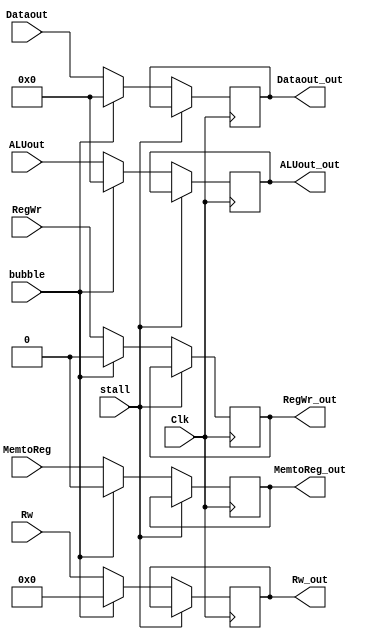
module mem_wr_reg (
        // input
        input               Clk,
        input               stall,
        input               bubble,
        input       [31:0]  Dataout,
        input       [4:0]   Rw,
        input       [31:0]  ALUout,
        input               MemtoReg,
        input               RegWr,
        // output
        output  reg [31:0]  Dataout_out,
        output  reg [4:0]   Rw_out,
        output  reg [31:0]  ALUout_out,
        output  reg         MemtoReg_out,
        output  reg         RegWr_out
    );

    parameter RNONE = 0;

    always @(posedge Clk) begin
        if (stall == 1'b1) begin
            Dataout_out     <= Dataout_out;
            Rw_out          <= Rw_out;
            ALUout_out      <= ALUout_out;
            MemtoReg_out    <= MemtoReg_out;
            RegWr_out       <= RegWr_out;
        end
        else if (bubble == 1'b1) begin
            Dataout_out     <= RNONE;
            Rw_out          <= RNONE;
            ALUout_out      <= RNONE;
            MemtoReg_out    <= RNONE;
            RegWr_out       <= RNONE;
        end
        else begin
            Dataout_out     <= Dataout;
            Rw_out          <= Rw;
            ALUout_out      <= ALUout;
            MemtoReg_out    <= MemtoReg;
            RegWr_out       <= RegWr;
        end
    end

    initial begin
        Dataout_out     <= RNONE;
        Rw_out          <= RNONE;
        ALUout_out      <= RNONE;
        MemtoReg_out    <= RNONE;
        RegWr_out       <= RNONE;
    end

endmodule //mem_wr_reg